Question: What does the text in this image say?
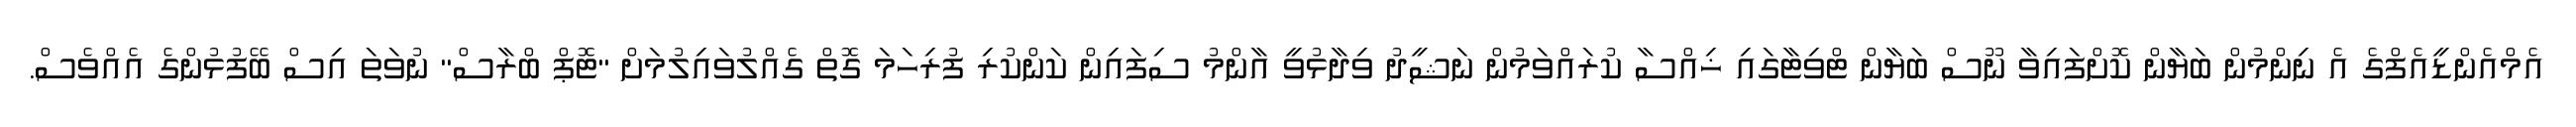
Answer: އެމްއެންޑީއެފްގެ އެ ނިންމުން ބަޔާން ކޮށްފައިވާ ނޫސް ބަޔާން ޓްވިޓާގައި ޚިއްސާ ކުރައްވަމުން ނަޝީދު ވިދާޅުވީ އާންމު ސިފައިން ކަންކުރި ފުރިހަމަ ގޮތް ގެއްލުވައިލުމަށް "ޓޮޕް ބްރާސް" ނުވަތަ އިސް ބޭފުޅުންގެ އެއްވެސް.